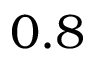
0 . 8